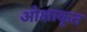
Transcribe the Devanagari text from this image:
ओक्षाकृत